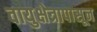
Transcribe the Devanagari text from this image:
वायुक्षेत्रापासून